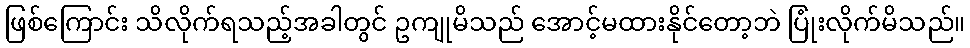
ဖြစ်ကြောင်း သိလိုက်ရသည့်အခါတွင် ဥကျုမိသည် အောင့်မထားနိုင်တော့ဘဲ ပြုံးလိုက်မိသည်။